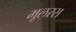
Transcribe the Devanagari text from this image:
मूलरस